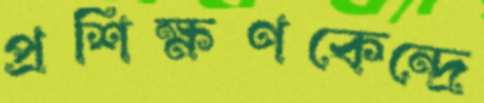
প্রশিক্ষণকেন্দ্রে